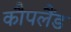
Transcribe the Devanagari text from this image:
कौपलैंड